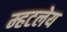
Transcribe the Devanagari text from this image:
म्हटलेय